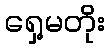
ရှေ့မတိုး